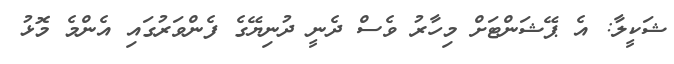
ޝަކީލާ: އެ ޕޭޝަންޓަށް މިހާރު ވެސް ދެނީ ދުނިޔޭގެ ފެންވަރުގައި އެންމެ މޮޅު